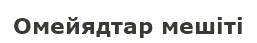
Омейядтар мешіті